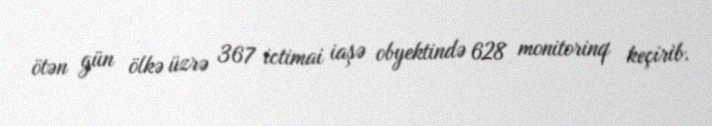
ötən gün ölkə üzrə 367 ictimai iaşə obyektində 628 monitorinq keçirib.